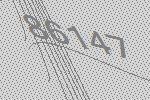
86147